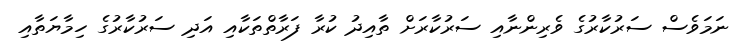
ނަމަވެސް ސަރުކާރުގެ ވެރިންނާއި ސަރުކާރަށް ތާއިދު ކުރާ ފަރާތްތަކާއި އަދި ސަރުކާރުގެ ހިމާޔަތާއި